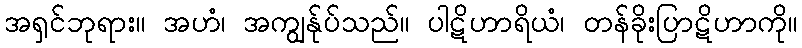
အရှင်ဘုရား။ အဟံ၊ အကျွန်ုပ်သည်။ ပါဋိဟာရိယံ၊ တန်ခိုးပြာဋိဟာကို။